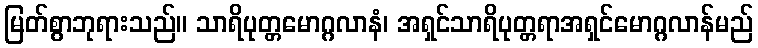
မြတ်စွာဘုရားသည်။ သာရိပုတ္တမောဂ္ဂလာနံ၊ အရှင်သာရိပုတ္တရာအရှင်မောဂ္ဂလာန်မည်